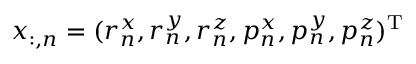
x _ { : , n } = ( { r } _ { n } ^ { x } , { r } _ { n } ^ { y } , { r } _ { n } ^ { z } , { p } _ { n } ^ { x } , { p } _ { n } ^ { y } , { p } _ { n } ^ { z } ) ^ { \mathrm { T } }